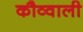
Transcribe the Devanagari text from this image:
कौव्वाली